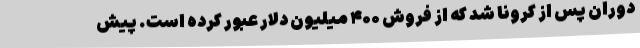
دوران پس از کرونا شد که از فروش ۴۰۰ میلیون دلار عبور کرده است. پیش